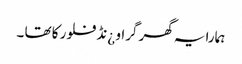
ہمارا یہ گھر گراو ¿نڈ فلور کا تھا ۔